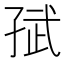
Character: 𭓈